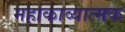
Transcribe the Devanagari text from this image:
महाकाव्‍यात्‍मक